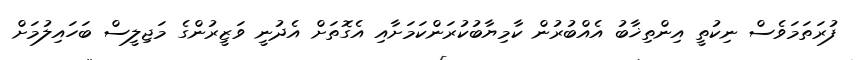
ފުރަތަމަވެސް ނިކުތީ އިންތިޚާބު އެއްބުރުން ކާމިޔާބުކުރަންކަމަށާއި އެގޮތަށް އެދުނީ ވަޒީރުންގެ މަޖިލީސް ބަހައިލުމަށް